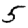
Digit: 5